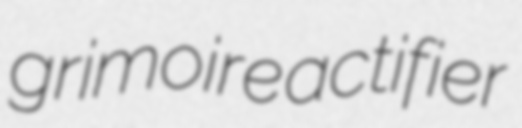
grimoire actifier